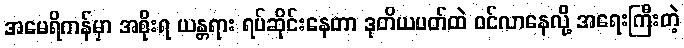
အမေရိကန်မှာ အစိုးရ ယန္တရား ရပ်ဆိုင်းနေတာ ဒုတိယပတ်ထဲ ဝင်လာနေလို့ အရေးကြီးတဲ့